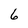
Character: 6